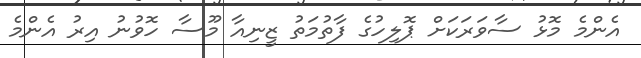
އެންމެ މޮޅު ސާވަރަކަށް ޕޮލިހުގެ ފާތުމަތު ޒީނިއާ މޫސާ ހޮވުނު އިރު އެންމެ